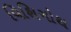
વિશિગોથ